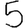
Digit: 5